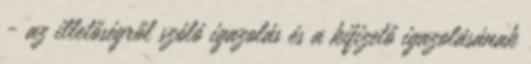
- az illetőségről szóló igazolás és a kifizető igazolásának